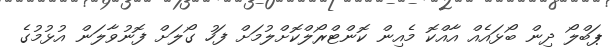
ޕަބްލޯ ދިން ބޯޅައެއް އާއްކޮ މެއިން ކޮންޓްރޯލްކޮށްލުމަށް ފަހު ގޯލަށް ފޮނުވާލަން އުޅުމުގެ